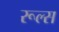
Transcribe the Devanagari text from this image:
रूल्‍स